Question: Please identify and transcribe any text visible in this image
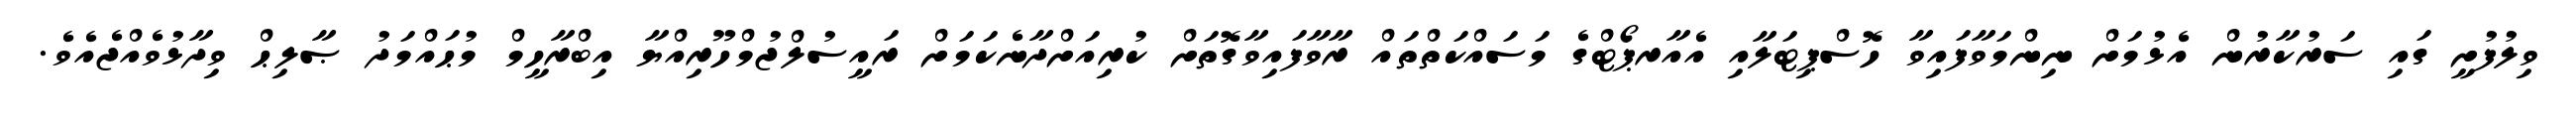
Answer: ވިލުފުށީ ގައި ސަރުކާރުން އެޅުމަށް ނިންމަވާފައިވާ ހޮސްޕިޓަލާއި އެއާރޕޯޓްގެ މަސައްކަތްތައް ރާވާފައިވާގޮތަށް ކުރިއަށްދާނެކަމަށް ރައީސުލްޖުމްހޫރިއްޔާ އިބްރާހީމް މުޙައްމަދު ޞާލިޙް ވިދާޅުވެއްޖެއެވެ.